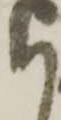
も